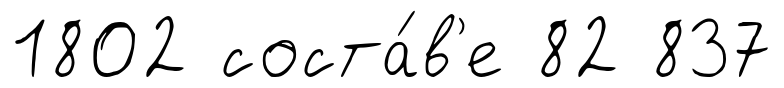
1802 соста́в'е 82 837